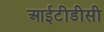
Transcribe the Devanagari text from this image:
आईटीडीसी